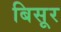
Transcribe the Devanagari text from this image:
बिसूर